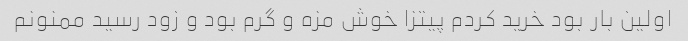
اولین بار بود خرید کردم پیتزا خوش مزه و گرم بود و زود رسید ممنونم